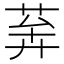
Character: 𦯨